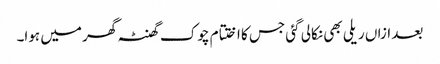
بعد ازاں ریلی بھی نکالی گئی جس کا اختتام چوک گھنٹہ گھر میں ہوا۔